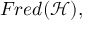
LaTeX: F r e d ( { \mathcal { H } } ) ,